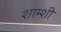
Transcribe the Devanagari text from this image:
शाम्शी